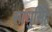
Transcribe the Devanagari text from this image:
साधुसिंह